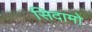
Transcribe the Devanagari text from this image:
सिदामो